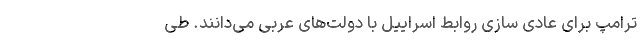
ترامپ برای عادی سازی روابط اسراییل با دولت‌های عربی می‌دانند. طی